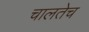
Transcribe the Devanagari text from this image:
चालतेच